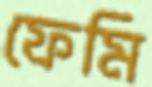
ফেমি